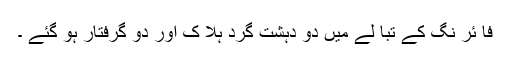
فا ئر نگ کے تبا لے میں دو دہشت گرد ہلا ک اور دو گرفتار ہو گئے ۔